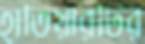
হাতিয়ারটির